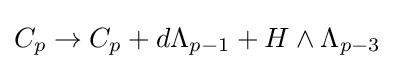
C_{p}\rightarrow C_{p}+d\Lambda _{p-1}+H\wedge \Lambda _{p-3}